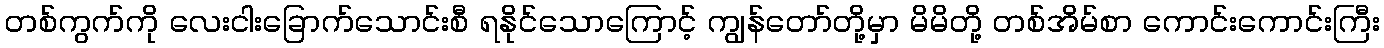
တစ်ကွက်ကို လေးငါးခြောက်သောင်းစီ ရနိုင်သောကြောင့် ကျွန်တော်တို့မှာ မိမိတို့ တစ်အိမ်စာ ကောင်းကောင်းကြီး